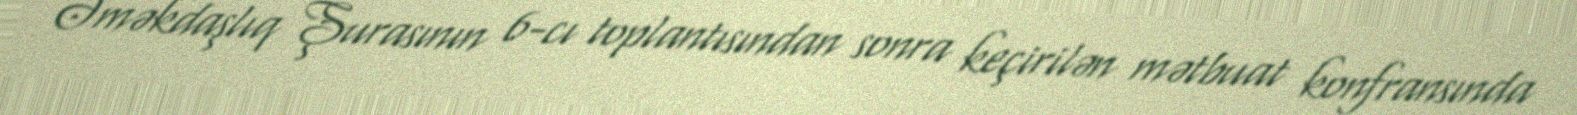
Əməkdaşlıq Şurasının 6-cı toplantısından sonra keçirilən mətbuat konfransında